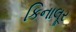
કિનાલૂર